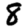
Digit: 8